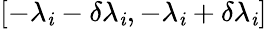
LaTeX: [-\lambda_{\mathit{i}}-\delta\lambda_{\mathit{i}},-\lambda_{\mathit{i}}+\delta\lambda_{\mathit{i}}]